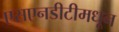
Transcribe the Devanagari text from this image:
एसएनडीटीमधून